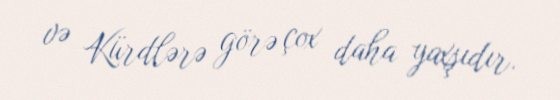
və Kürdlərə görə çox daha yaxşıdır.